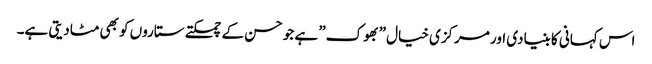
اس کہانی کا بنیادی اور مرکزی خیال ”بھوک” ہے جو حسن کے چمکتے ستاروں کو بھی مٹادیتی ہے۔